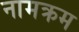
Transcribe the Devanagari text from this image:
नामक्रम